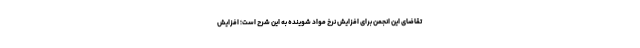
تقاضای این انجمن برای افزایش نرخ مواد شوینده به این شرح است؛ افزایش